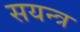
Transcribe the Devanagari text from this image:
सयन्त्र